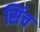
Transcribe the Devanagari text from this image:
सिंच